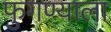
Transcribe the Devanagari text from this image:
फुगण्याला